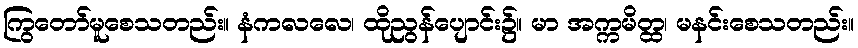
ကြွတော်မူစေသတည်း။ နံကလလေ၊ ထိုညွန်ပျောင်း၌။ မာ အက္ကမိတ္ထ၊ မနင်းစေသတည်း။